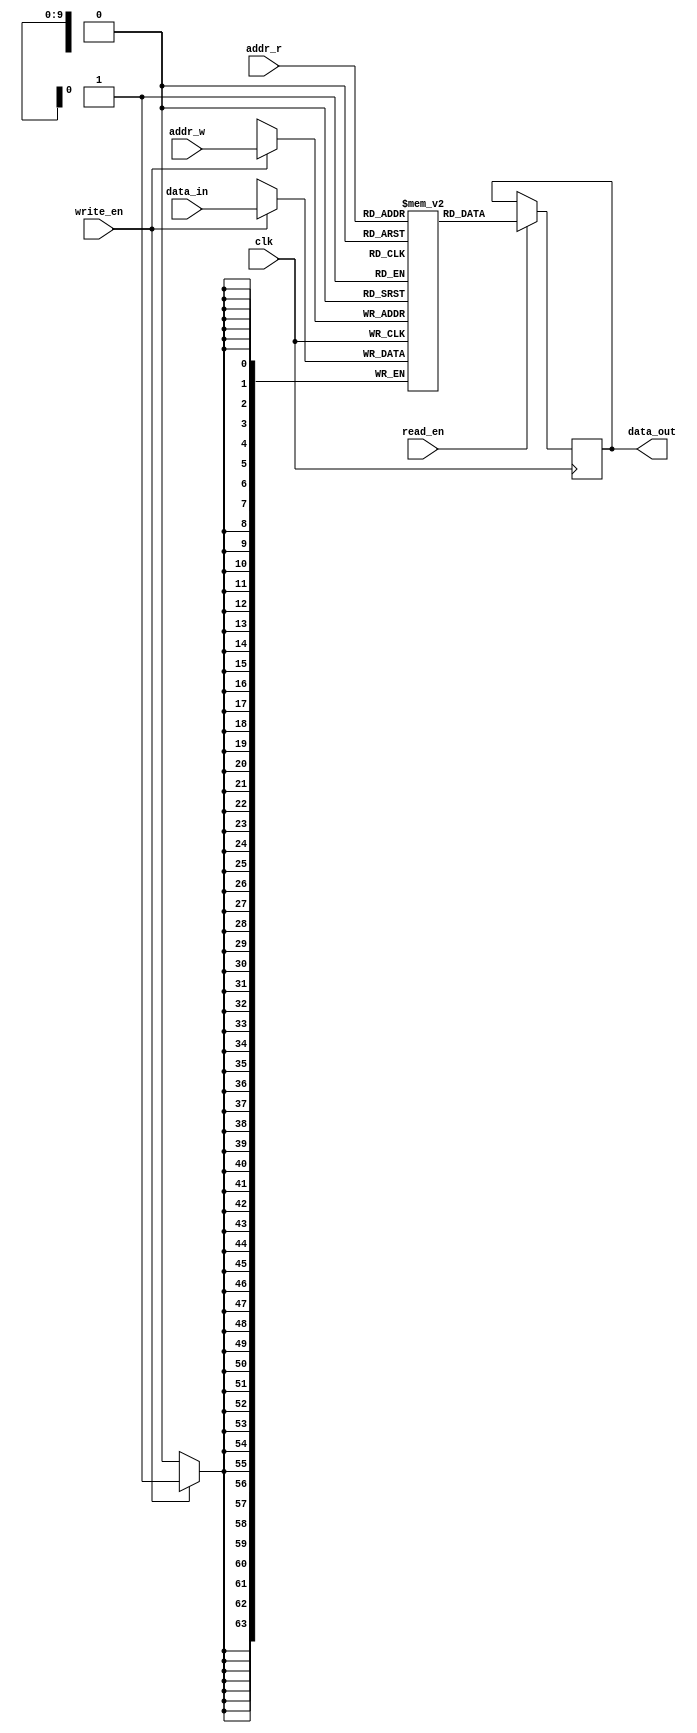
module RAM_REG #(
    parameter SRAM_ADDR_WIDTH   = 10,
    parameter SRAM_WIDTH        = 64,
    parameter SRAM_DEPTH        = 2 ** SRAM_ADDR_WIDTH
)(
input                           clk,
input                           read_en,
input                           write_en,
input [SRAM_ADDR_WIDTH  -1 : 0] addr_r,
input [SRAM_ADDR_WIDTH  -1 : 0] addr_w,
input [SRAM_WIDTH       -1 : 0] data_in,
output reg [SRAM_WIDTH - 1 : 0] data_out
);

reg [SRAM_WIDTH - 1 : 0]mem[0 : SRAM_DEPTH - 1];

always @(posedge clk) begin
    if (read_en) begin
        data_out <= mem[addr_r];
    end
end

always @(posedge clk) begin
    if (write_en) begin
        mem[addr_w] <= data_in;
    end
end

endmodule